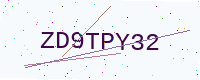
Text: ZD9TPY32